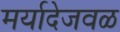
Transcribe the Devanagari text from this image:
मर्यादेजवळ